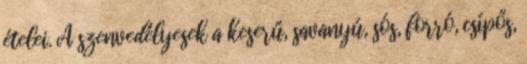
ételei. A szenvedélyesek a keserű, savanyú, sós, forró, csípős,